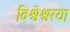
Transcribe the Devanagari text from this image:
विश्वेश्वरया